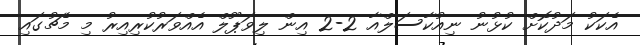
އެކަކު މަދުކޮށް ކުޅުނު ނިއުކާސަލްއާ 2-2 އިން ލިވަޕޫލް އެއްވަރުކުރިއިރު މި މެޗުގައި